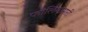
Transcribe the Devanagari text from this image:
फॉलियामारी